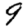
Digit: 9